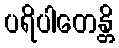
ပရိပါတေန္တိ